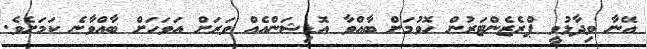
އޭނާ ވިދާޅުވީ ޕްރެޒެންޓަރުން ހޮވުމަށް ބާއްވާ އޮޑިޝަންއެއް ވަރަށް އަވަހަށް ބާއްވާނެ ކަމަށެވެ.